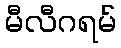
မီလီဂရမ်